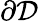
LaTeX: \partial\mathcal{D}